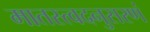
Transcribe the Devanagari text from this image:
मातस्त्वदनुसरणं